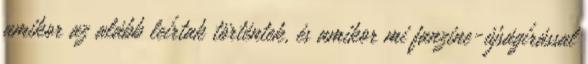
amikor az alább leírtak történtek, és amikor mi fanzine-újságírással